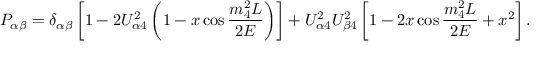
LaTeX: P _ { \alpha \beta } = \delta _ { \alpha \beta } \left[ 1 - 2 U _ { \alpha 4 } ^ { 2 } \left( 1 - x \cos { \frac { m _ { 4 } ^ { 2 } L } { 2 E } } \right) \right] + U _ { \alpha 4 } ^ { 2 } U _ { \beta 4 } ^ { 2 } \left[ 1 - 2 x \cos { \frac { m _ { 4 } ^ { 2 } L } { 2 E } } + x ^ { 2 } \right] .